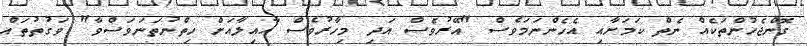
ގޮންޖެހުންތަކެއް ނެތް ކަމަށާއި އެހެންނަމަވެސް "އޭރުވެސް އަދި މިހާރުވެސް އާއިލާއަށް ހިތްނުތަނަވަސްވާ" ވަގުތުތައް